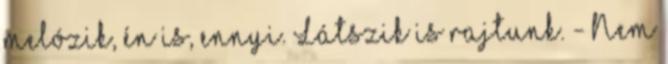
melózik, én is, ennyi. Látszik is rajtunk. - Nem